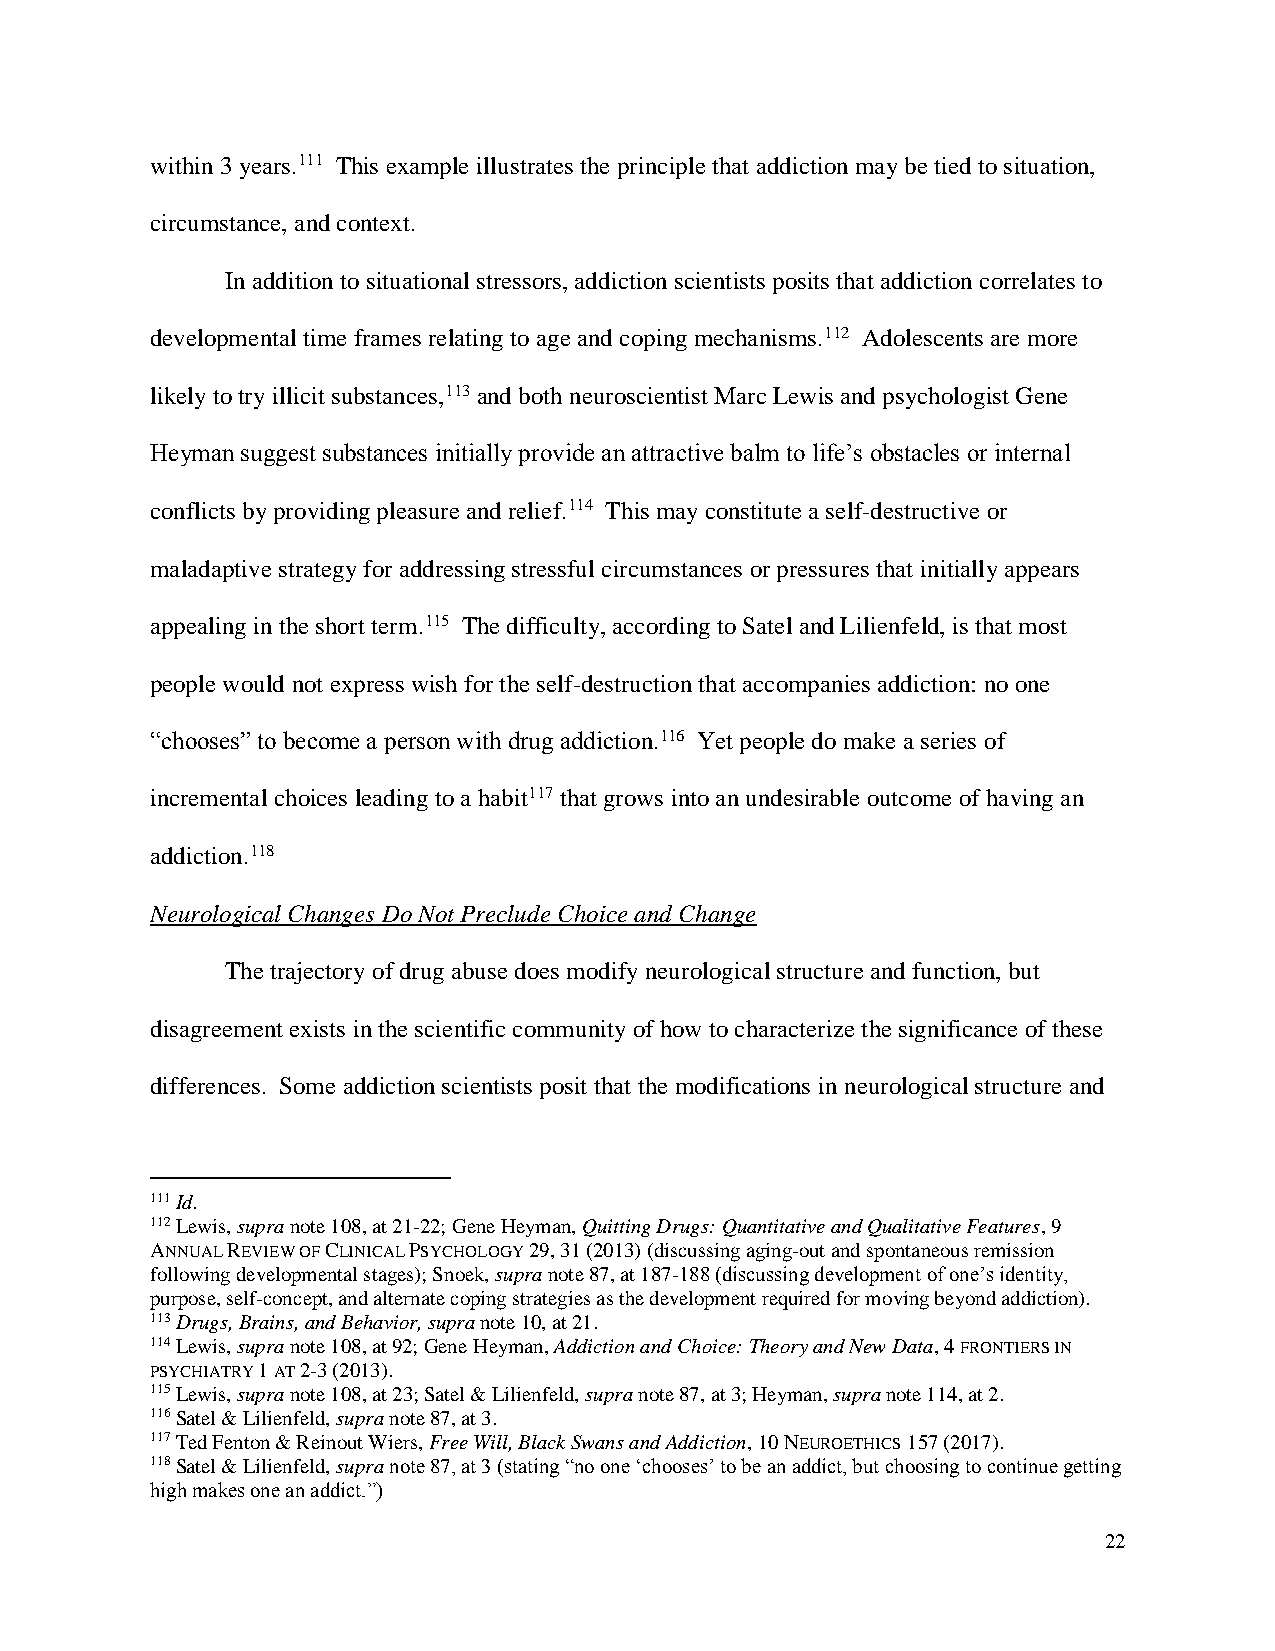
within 3 years.111 This example illustrates the principle that addiction may be tied to situation,
 circumstance, and context.
 In addition to situational stressors, addiction scientists posits that addiction correlates to
 developmental time frames relating to age and coping mechanisms.112 Adolescents are more
 likely to try illicit substances,113 and both neuroscientist Marc Lewis and psychologist Gene
 Heyman suggest substances initially provide an attractive balm to life’s obstacles or internal
 conflicts by providing pleasure and relief.114 This may constitute a self-destructive or
 maladaptive strategy for addressing stressful circumstances or pressures that initially appears
 appealing in the short term.115 The difficulty, according to Satel and Lilienfeld, is that most
 people would not express wish for the self-destruction that accompanies addiction: no one
 “chooses” to become a person with drug addiction.116 Yet people do make a series of
 incremental choices leading to a habit117 that grows into an undesirable outcome of having an
 addiction.118
 Neurological Changes Do Not Preclude Choice and Change
 The trajectory of drug abuse does modify neurological structure and function, but
 disagreement exists in the scientific community of how to characterize the significance of these
 differences. Some addiction scientists posit that the modifications in neurological structure and
 111 Id.
 112 Lewis, supra note 108, at 21-22; Gene Heyman, Quitting Drugs: Quantitative and Qualitative Features, 9
 ANNUAL REVIEW OF CLINICAL PSYCHOLOGY 29, 31 (2013) (discussing aging-out and spontaneous remission
 following developmental stages); Snoek, supra note 87, at 187-188 (discussing development of one’s identity,
 purpose, self-concept, and alternate coping strategies as the development required for moving beyond addiction).
 113 Drugs, Brains, and Behavior, supra note 10, at 21.
 114 Lewis, supra note 108, at 92; Gene Heyman, Addiction and Choice: Theory and New Data, 4 FRONTIERS IN
 PSYCHIATRY 1 AT 2-3 (2013).
 115 Lewis, supra note 108, at 23; Satel & Lilienfeld, supra note 87, at 3; Heyman, supra note 114, at 2.
 116 Satel & Lilienfeld, supra note 87, at 3.
 117 Ted Fenton & Reinout Wiers, Free Will, Black Swans and Addiction, 10 NEUROETHICS 157 (2017).
 118 Satel & Lilienfeld, supra note 87, at 3 (stating “no one ‘chooses’ to be an addict, but choosing to continue getting
 high makes one an addict.”)
 22